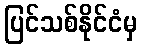
ပြင်သစ်နိုင်ငံမှ